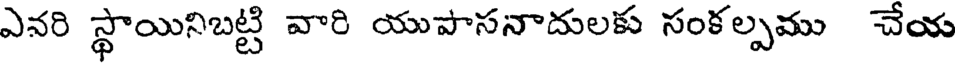
ఎనరి స్థాయినిబట్టి వారి యుపాసనాదులకు సంకల్పము చేయ